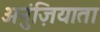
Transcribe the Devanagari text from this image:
अनुंज़ियाता